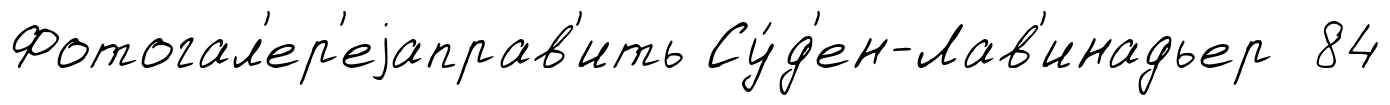
Фотогал'ер'еjаправ'ить Су́д'ен-Лав'инадьер 84